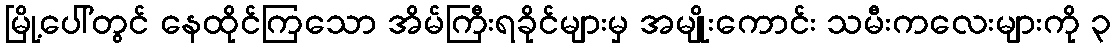
မြို့ပေါ်တွင် နေထိုင်ကြသော အိမ်ကြီးရခိုင်များမှ အမျိုးကောင်း သမီးကလေးများကို ၃